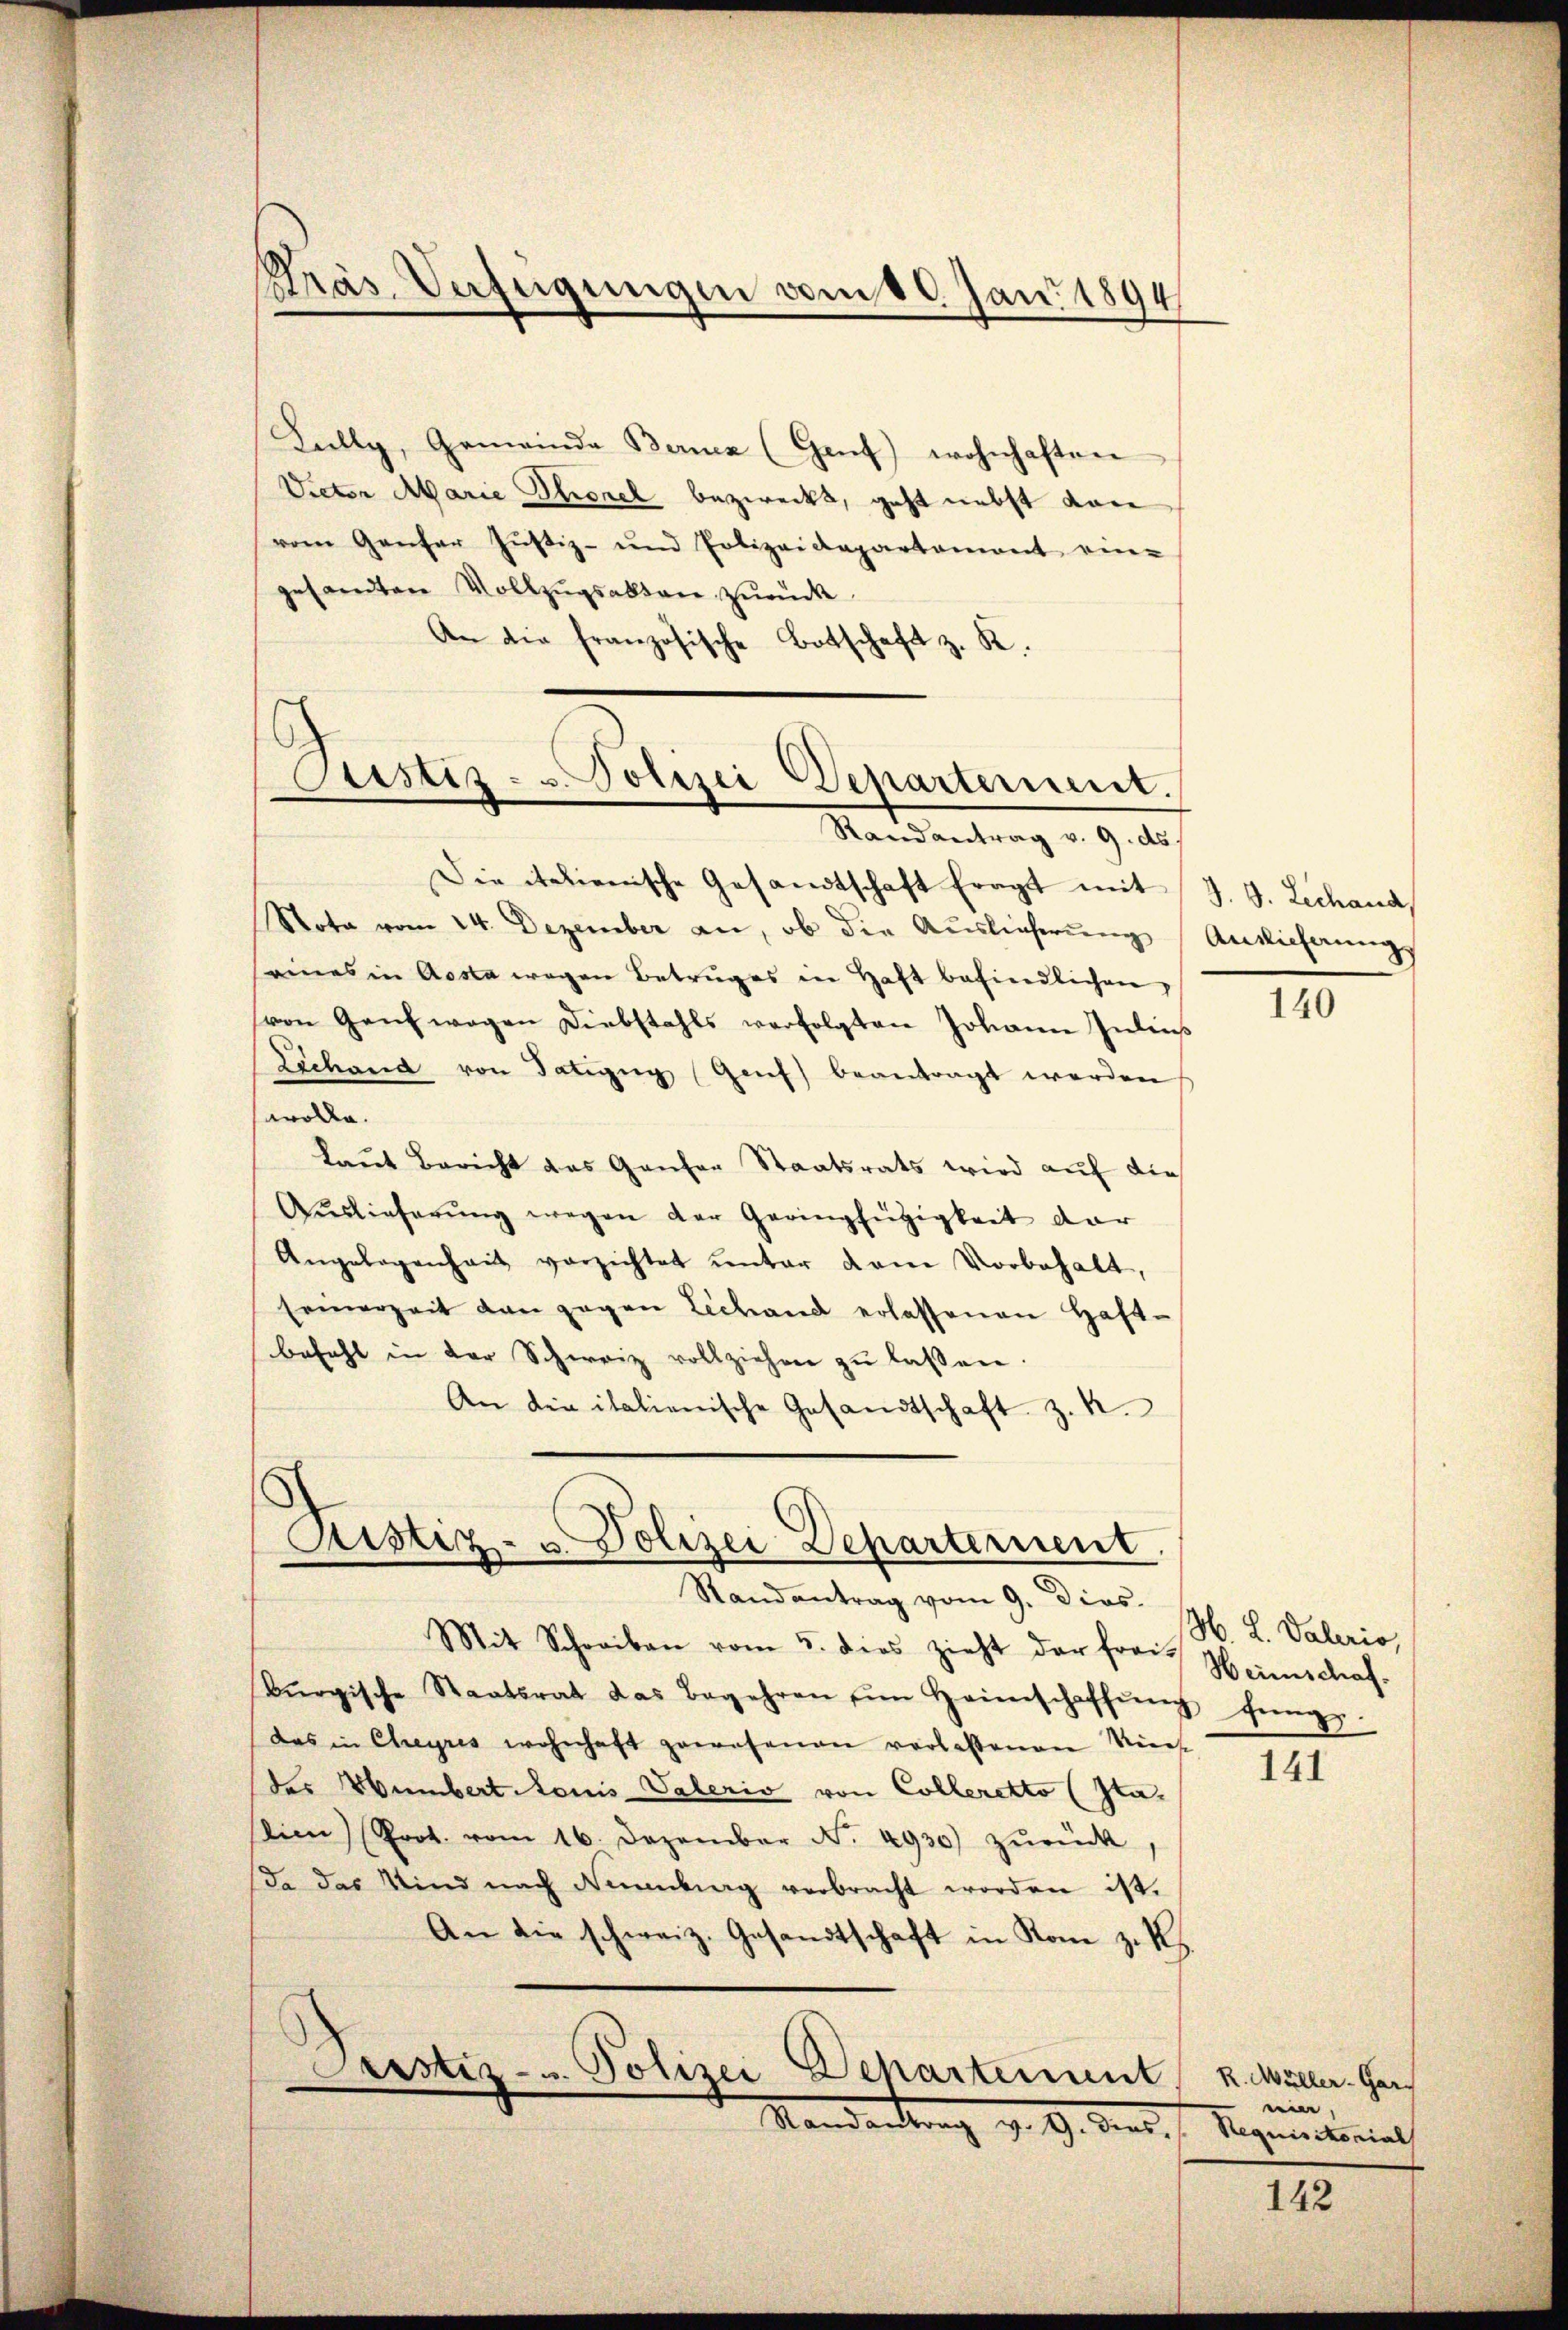
Präs. Verfügungen vom 10. Jan. 1894

Kully, Gemeinde Bernen (Genf) wohnhaften
Vieten Marie Thorel bezweckt, geht nebst von
vom Ganter Justiz- und Polizeidepartement ein-
gesandten Vollzŭgsabten zurück
An die französische Botschaft z. K.

Sistiz- u. Polizei Departement.
—
Randantrag v. 9. ds.

Die italienische Gesandtschaft fragt mit J. J. Lechand,
Nota vom 14. Dezember an, ob die Auslieferŭng Ansicherung
seines in Aosta wegen Betruges in Haft befindlichen,
(von Ganz wegen Diebstahls verfolgten Johann Inleis
Lechand von Tätigug Genf) beantragt werden
sawolle.
laut Bericht das Ganzer Staatsrats wird auf die
Auslieferŭng wegen der Geringfügigkeit dar
Angelegenheit verzichtet unter dem Vorbehalt,
seinerzeit dan gegen Lechand erlassenen Haft-
befehl in der Schweiz vollziehen zŭ lassen.
An die italienische Gesandtschaft z. B.

Ristiz- u. Polizei-Departernent

Randantrag vom 9. Dios.
Mit Schreiben vom 5. dies zieht der frei-
Bürgische Staatsrat das Begehren im Heimschaffŭng hŭngs-
das in Chreyres wohnhaft gewesenen verlassenen Vice-
des Himbert Monis Vaterio von Colleretto (Itatien (Prot. vom 16. Dezember N. 4930) zŭrück
(da das Kind nach Nemdung verbracht worden ist.
An die schweiz. Gesandtschaft in Rom z. B.
Castiz- u. Polizei Departement
Mandantrag d. 9. den

140

M. L. Vaterio,
Heimschaf¬

141

R. Müller-Gar-
ein,
Requisitorial

142